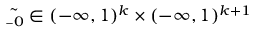
\tilde { \boldsymbol { \b } } _ { 0 } \in ( - \infty , 1 ) ^ { k } \times ( - \infty , 1 ) ^ { k + 1 }